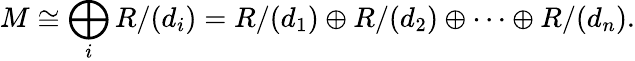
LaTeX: M\cong\bigoplus_{i}R/(d_{i})=R/(d_{1})\oplus R/(d_{2})\oplus\cdots\oplus R/(d_{n}).